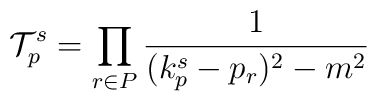
{\cal T}_p^s= \prod_{r \in P} \frac{1}{(k_p^s-p_r)^2-m^2}